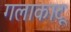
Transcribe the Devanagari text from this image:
गलाकाटू